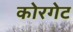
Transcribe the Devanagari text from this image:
कोरगेट